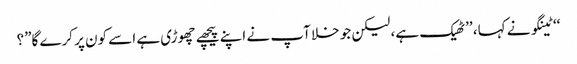
‘‘ ٹینگو نے کہا، ’’ٹھیک ہے، لیکن جو خلا آپ نے اپنے پیچھے چھوڑی ہے اسے کون پر کرے گا”؟